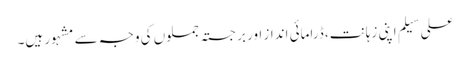
علی سیلم اپنی زہانت، ڈرامائی انداز اور برجستہ جملوں کی وجہ سے مشہور ہیں۔